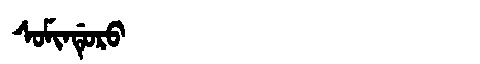
Manchu: ᠰᠣᠮᡳᠨᡩᡠᡵᠣ
Romanization: SOMINDURO